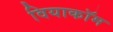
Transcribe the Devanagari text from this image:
वियाकॉम